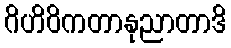
ဂိဟိဝိကတာနုညာတာဒိ